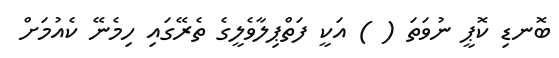
ބޮނޑި ކޮޕީ ނުވަތަ ( ) އަކީ ފަތްޕިލާވެލީގެ ތެރޭގައި ހިމެނޭ ކެއުމަށް